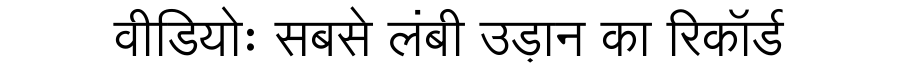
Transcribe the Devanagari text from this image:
वीडियोः सबसे लंबी उड़ान का रिकॉर्ड